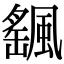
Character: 颻